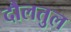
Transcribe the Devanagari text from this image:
दौलतुल